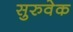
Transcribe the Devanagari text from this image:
सुरुवेक